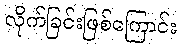
လိုက်ခြင်းဖြစ်ကြောင်း